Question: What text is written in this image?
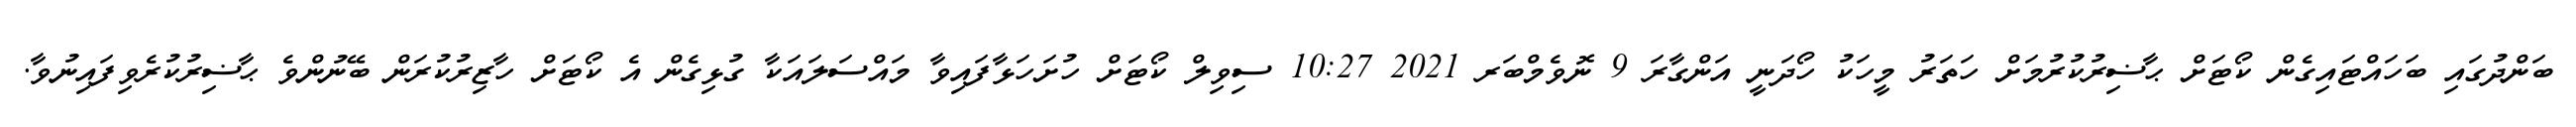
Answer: ބަންދުގައި ބަހައްޓައިގެން ކޯޓަށް ޙާޟިރުކުރުމަށް ހަތަރު މީހަކު ހޯދަނީ އަންގާރަ 9 ނޮވެމްބަރ 2021 10:27 ސިވިލް ކޯޓަށް ހުށަހަޅާފައިވާ މައްސަލައަކާ ގުޅިގެން އެ ކޯޓަށް ހާޒިރުކުރަން ބޭނުންވެ ޙާޟިރުކުރެވިފައިނުވާ.